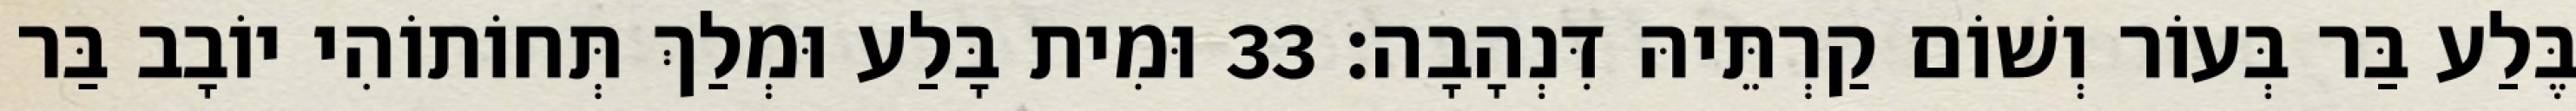
בֶּלַע בַּר בְּעוֹר וְשׁוֹם קַרְתֵּיהּ דִּנְהָבָה׃ 33 וּמִית בָּלַע וּמְלַךְ תְּחוֹתוֹהִי יוֹבָב בַּר